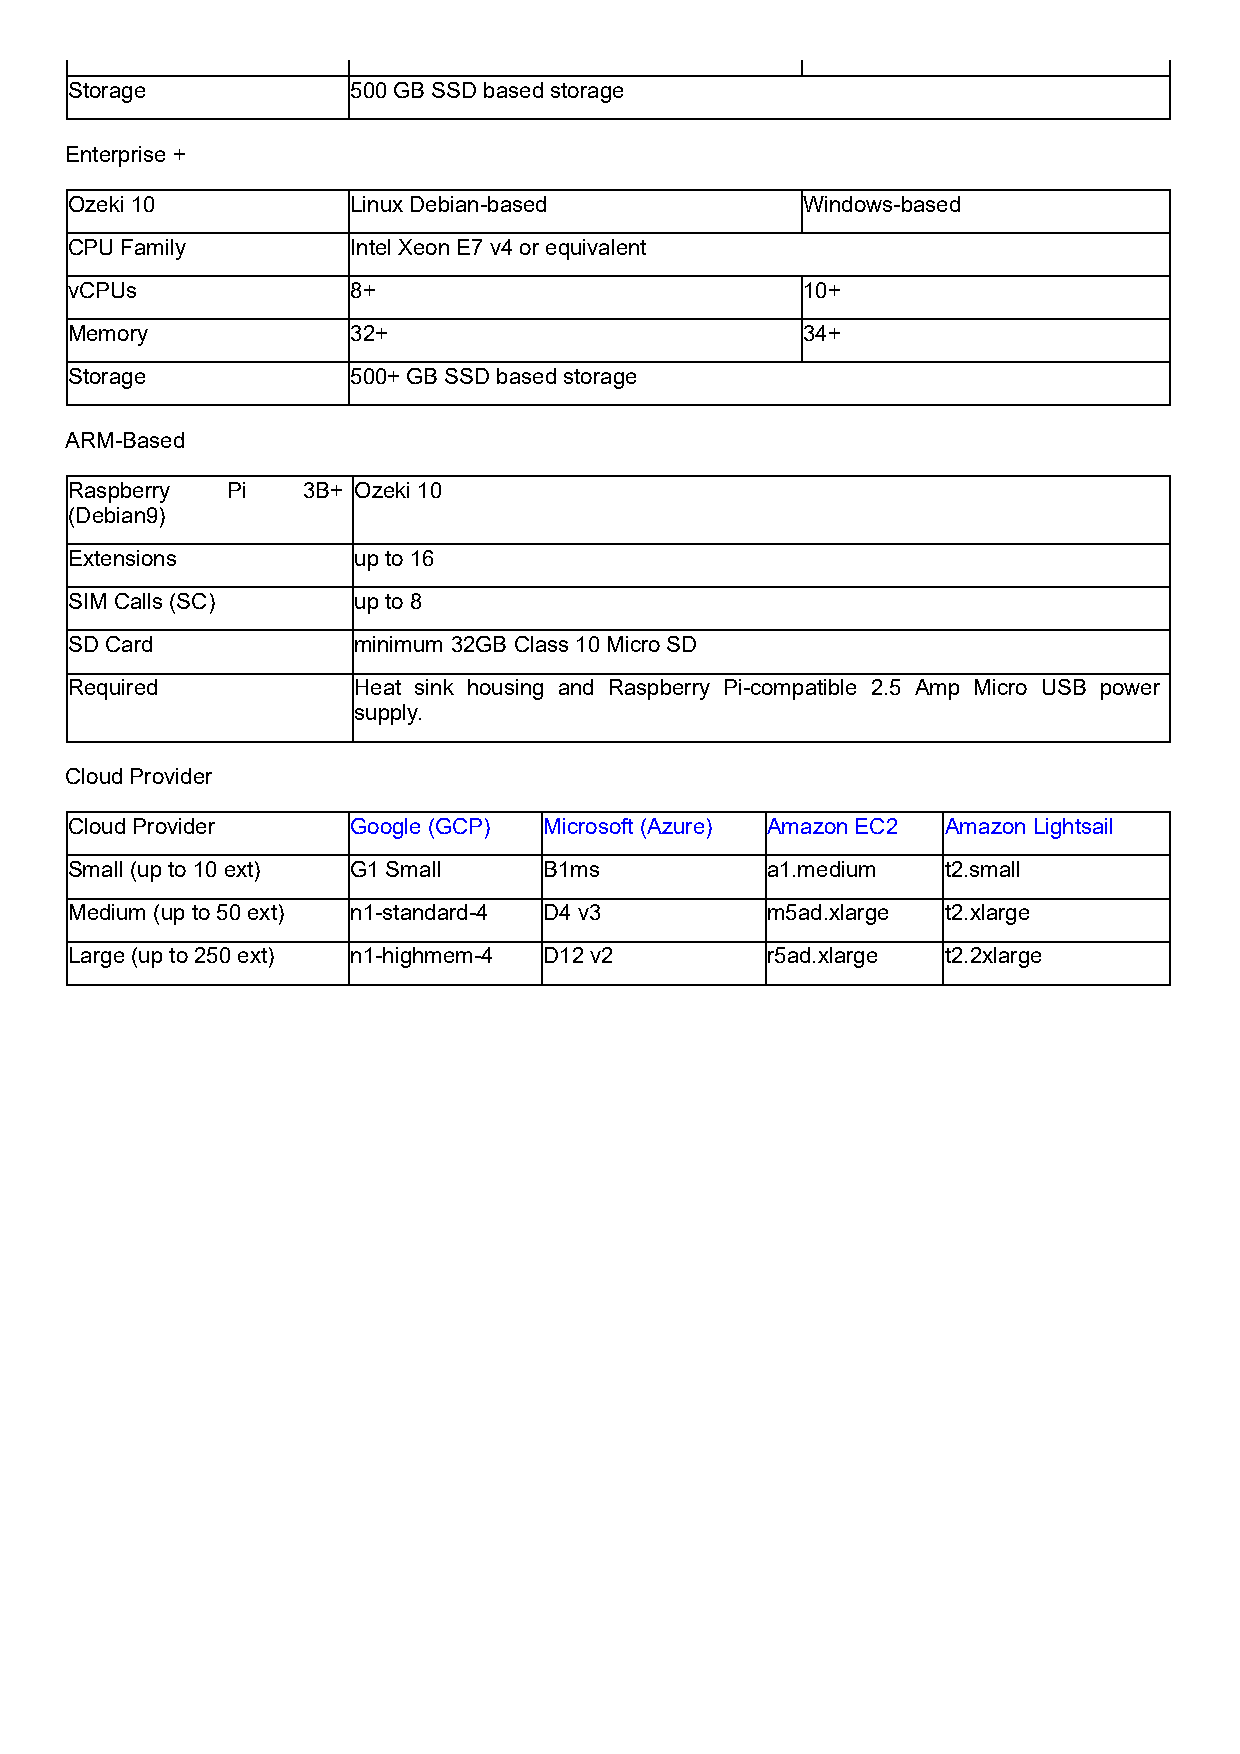
Storage           500 GB SSD based storage
 Enterprise +
 Ozeki 10          Linux Debian-based            Windows-based
 CPU Family        Intel Xeon E7 v4 or equivalent
 vCPUs             8+                            10+
 Memory            32+                           34+
 Storage           500+ GB SSD based storage
 ARM-Based
 Raspberry Pi   3B+ Ozeki 10
 (Debian9)
 Extensions        up to 16
 SIM Calls (SC)    up to 8
 SD Card           minimum 32GB Class 10 Micro SD
 Required          Heat sink housing and Raspberry Pi-compatible 2.5 Amp Micro USB power
 supply.
 Cloud Provider
 Cloud Provider    Google (GCP) Microsoft (Azure) Amazon EC2 Amazon Lightsail
 Small (up to 10 ext) G1 Small  B1ms           a1.medium   t2.small
 Medium (up to 50 ext) n1-standard-4 D4 v3     m5ad.xlarge t2.xlarge
 Large (up to 250 ext) n1-highmem-4 D12 v2     r5ad.xlarge t2.2xlarge